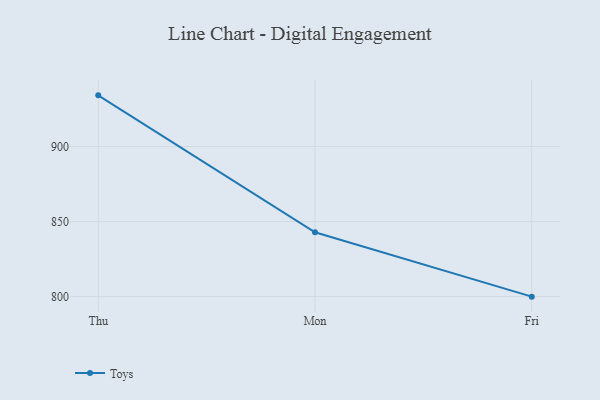
{"axis": {"x": "Day", "y": "Shipments"}, "legend": ["Toys"], "data": [{"x": "Thu", "y": 934.1, "type": "Toys"}, {"x": "Mon", "y": 842.9, "type": "Toys"}, {"x": "Fri", "y": 800, "type": "Toys"}]}